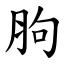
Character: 胊